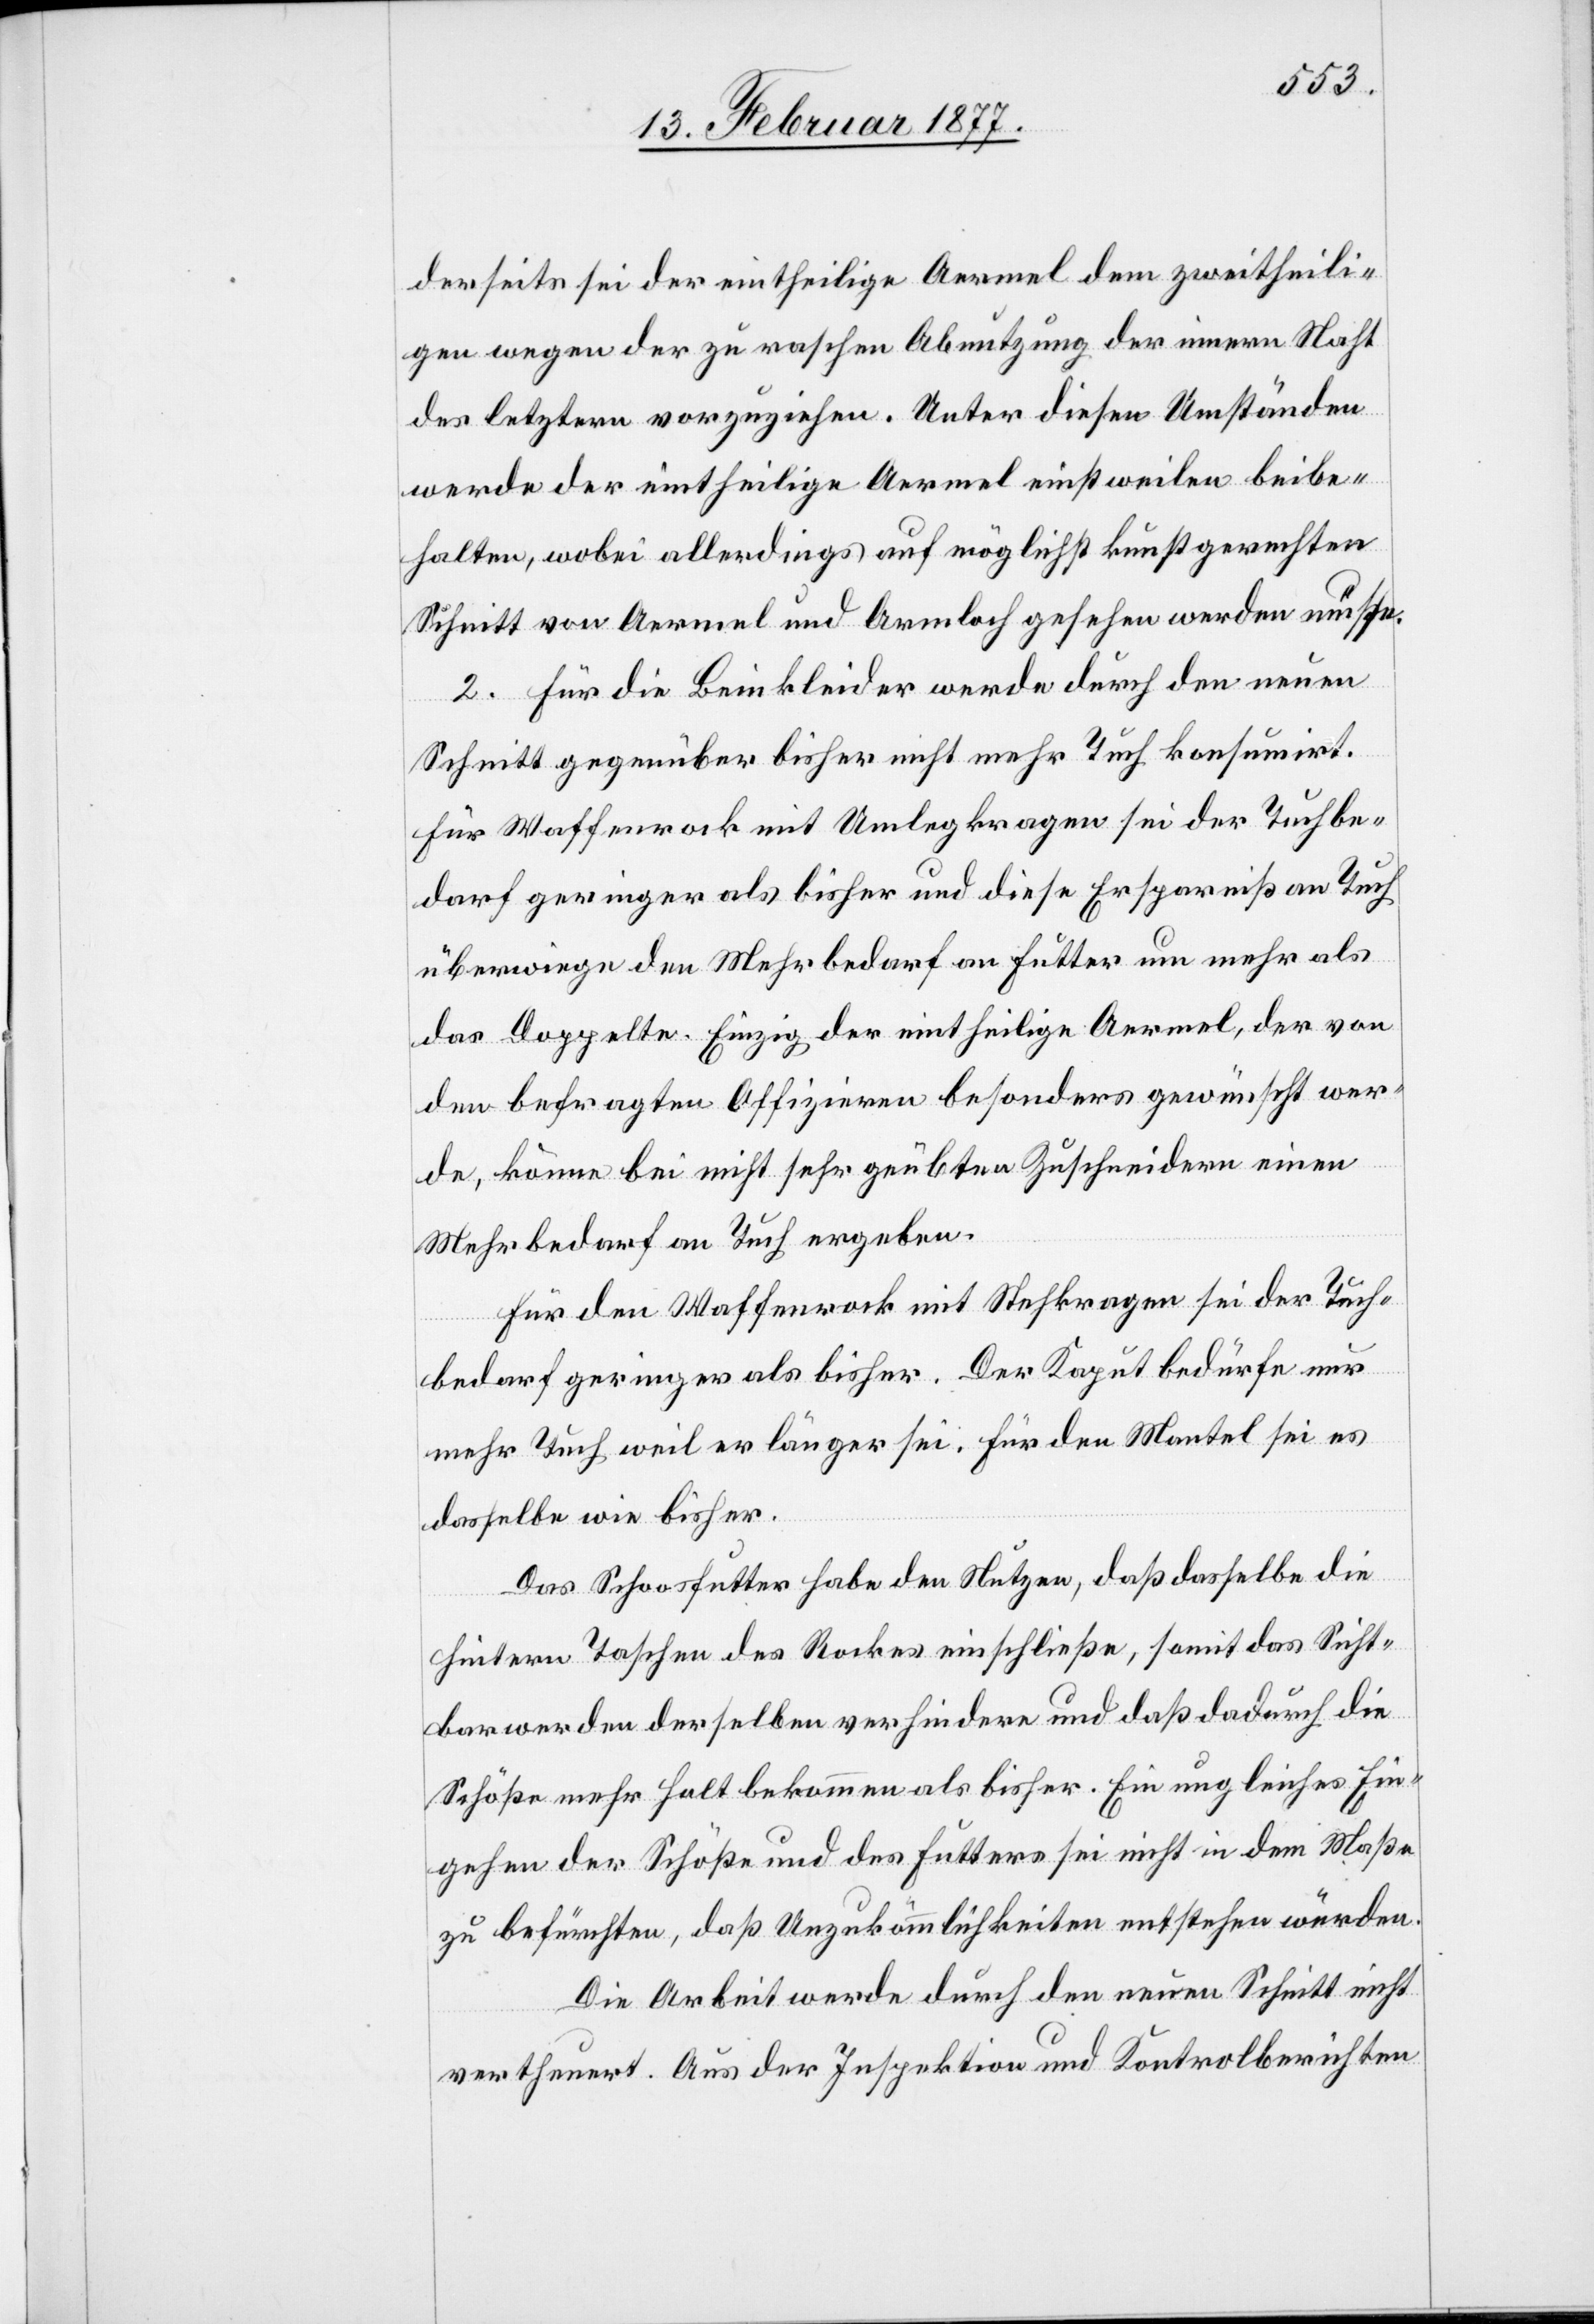
derseits sei der eintheilige Aermel dem zweitheili¬
gen wegen der zu raschen Abnutzung der innern Naht
des letztern vorzuziehen. Unter diesen Umständen
werde der eintheilge Aermel einstweilen beibe¬
halten, wobei allerdings auf möglichst kunstgerechten
Schnitt von Aermel und Armloch gesehen werden müße.
2. Für die Beinkleider werde durch den neuen
Schnitt gegenüber bisher nicht mehr Tuch konsumirt.
Für Waffenrock mit Umlegkragen sei der Tuchbe¬
darf geringer als bisher und diese Ersparniß an Tuch
überwiege den Mehrbedarf an Futter um mehr als
das Doppelte. Einzig der eintheilige Aermel, der von
den befragten Offizieren besonders gewünscht wer¬
de, könne bei nicht sehr geübten Zuschneidern einen
Mehrbedarf an Tuch ergeben.
Für den Waffenrock mit Stehkragen sei der Tuch¬
bedarf geringer als bisher. Der Kaput bedürfe nur
mehr Tuch weil er länger sei. Für den Mantel sei es
dasselbe wie bisher.
Das Schoosfutter [sic!] habe den Nutzen, daß dasselbe die
hintern Taschen des Rockes einschließe, somit das Sicht¬
barwerden derselben verhindere und daß dadurch die
Schöße mehr Halt bekommen als bisher. Ein ungleiches Ein¬
gehen der Schöße und des Futters sei nicht in dem Maße
zu befürchten, daß Unzukömmlichkeiten entstehen würden.
Die Arbeit werde durch den neuen Schnitt nicht
vertheuert. Aus der Inspektion und Kontrolberichten